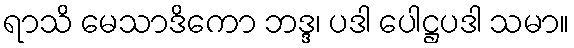
ရာသိ မေသာဒိကော ဘဒ္ဒ၊ ပဒါ ပေါဋ္ဌပဒါ သမာ။